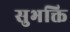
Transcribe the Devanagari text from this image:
सुभक्ति